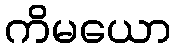
ကိမယော